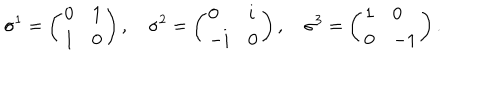
\sigma ^ { 1 } = \left( \begin{array} { l l } { { 0 } } & { { 1 } } \\ { { 1 } } & { { 0 } } \\ \end{array} \right) , \quad \sigma ^ { 2 } = \left( \begin{array} { l l } { { 0 } } & { { i } } \\ { { - i } } & { { 0 } } \\ \end{array} \right) , \quad \sigma ^ { 3 } = \left( \begin{array} { l l } { { 1 } } & { { 0 } } \\ { { 0 } } & { { - 1 } } \\ \end{array} \right) .